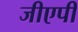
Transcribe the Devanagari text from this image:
जीएपी